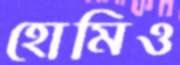
হোমিও